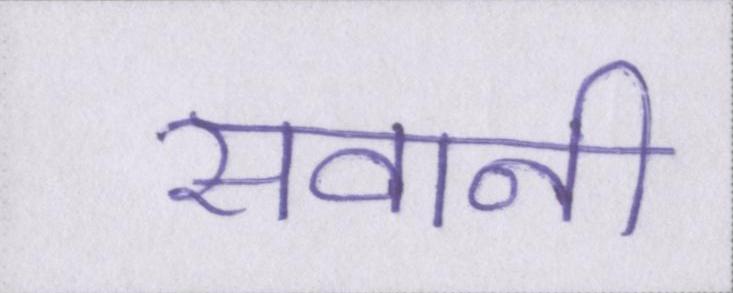
सवानी